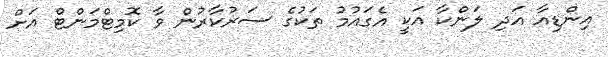
އިންޑިއާ އަދި ލަންކާ އަކީ އެގައުމު ތަކުގެ ސަރުކާރުން ވާ ކޮމިޓްމަންޓް އަށް